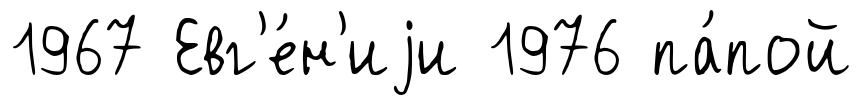
1967 Евг'е́н'иjи 1976 па́пой